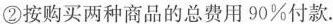
②按购买两种商品的总费用90%付款.